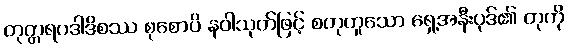
တုတ္တရပဒါဒိစဿ စုစောပိ နဝါသုတ်ဖြင့် စတုဟူသော ရှေ့အနီးပုဒ်၏ တုကို